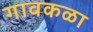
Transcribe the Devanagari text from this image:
गावकळा